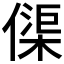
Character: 𠍲